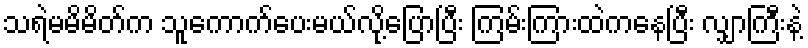
သရဲမမိမိတ်က သူကောက်ပေးမယ်လို့ပြောပြီး ကြမ်းကြားထဲကနေပြီး လျှာကြီးနဲ့